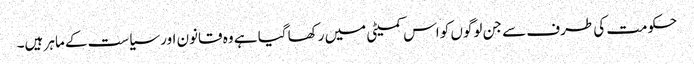
حکومت کی طرف سے جن لوگوں کو اس کمیٹی میں رکھا گیا ہے وہ قانون اور سیاست کے ماہر ہیں۔